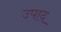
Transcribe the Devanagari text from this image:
उपाद